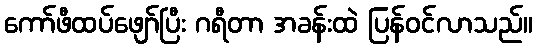
ကော်ဖီထပ်ဖျော်ပြီး ဂရီတာ အခန်းထဲ ပြန်ဝင်လာသည်။